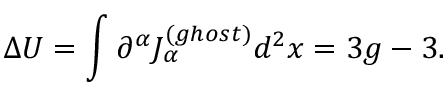
\Delta U = \int \partial ^ { \alpha } J _ { \alpha } ^ { ( g h o s t ) } d ^ { 2 } x = 3 g - 3 .